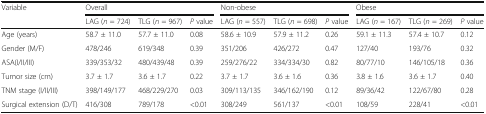
<table><thead><tr><td rowspan="2"><b>Variable</b></td><td colspan="3"><b>Overall</b></td><td colspan="3"><b>Non-obese</b></td><td colspan="3"><b>Obese</b></td></tr><tr><td><b>LAG (<i>n</i> = 724)</b></td><td><b>TLG (<i>n</i> = 967)</b></td><td><b><i>P</i> value</b></td><td><b>LAG (<i>n</i> = 557)</b></td><td><b>TLG (<i>n</i> = 698)</b></td><td><b><i>P</i> value</b></td><td><b>LAG (<i>n</i> = 167)</b></td><td><b>TLG (<i>n</i> = 269)</b></td><td><b><i>P</i> value</b></td></tr></thead><tbody><tr><td>Age (years)</td><td>58.7 ± 11.0</td><td>57.7 ± 11.0</td><td>0.08</td><td>58.6 ± 10.9</td><td>57.9 ± 11.2</td><td>0.26</td><td>59.1 ± 11.3</td><td>57.4 ± 10.7</td><td>0.12</td></tr><tr><td>Gender (M/F)</td><td>478/246</td><td>619/348</td><td>0.39</td><td>351/206</td><td>426/272</td><td>0.47</td><td>127/40</td><td>193/76</td><td>0.32</td></tr><tr><td>ASA(I/II/III)</td><td>339/353/32</td><td>480/439/48</td><td>0.39</td><td>259/276/22</td><td>334/334/30</td><td>0.82</td><td>80/77/10</td><td>146/105/18</td><td>0.36</td></tr><tr><td>Tumor size (cm)</td><td>3.7 ± 1.7</td><td>3.6 ± 1.7</td><td>0.22</td><td>3.7 ± 1.7</td><td>3.6 ± 1.6</td><td>0.36</td><td>3.8 ± 1.6</td><td>3.6 ± 1.7</td><td>0.40</td></tr><tr><td>TNM stage (I/II/III)</td><td>398/149/177</td><td>468/229/270</td><td>0.03</td><td>309/113/135</td><td>346/162/190</td><td>0.12</td><td>89/36/42</td><td>122/67/80</td><td>0.28</td></tr><tr><td>Surgical extension (D/T)</td><td>416/308</td><td>789/178</td><td>&lt;0.01</td><td>308/249</td><td>561/137</td><td>&lt;0.01</td><td>108/59</td><td>228/41</td><td>&lt;0.01</td></tr></tbody></table>